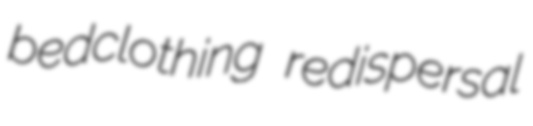
bedclothing redispersal